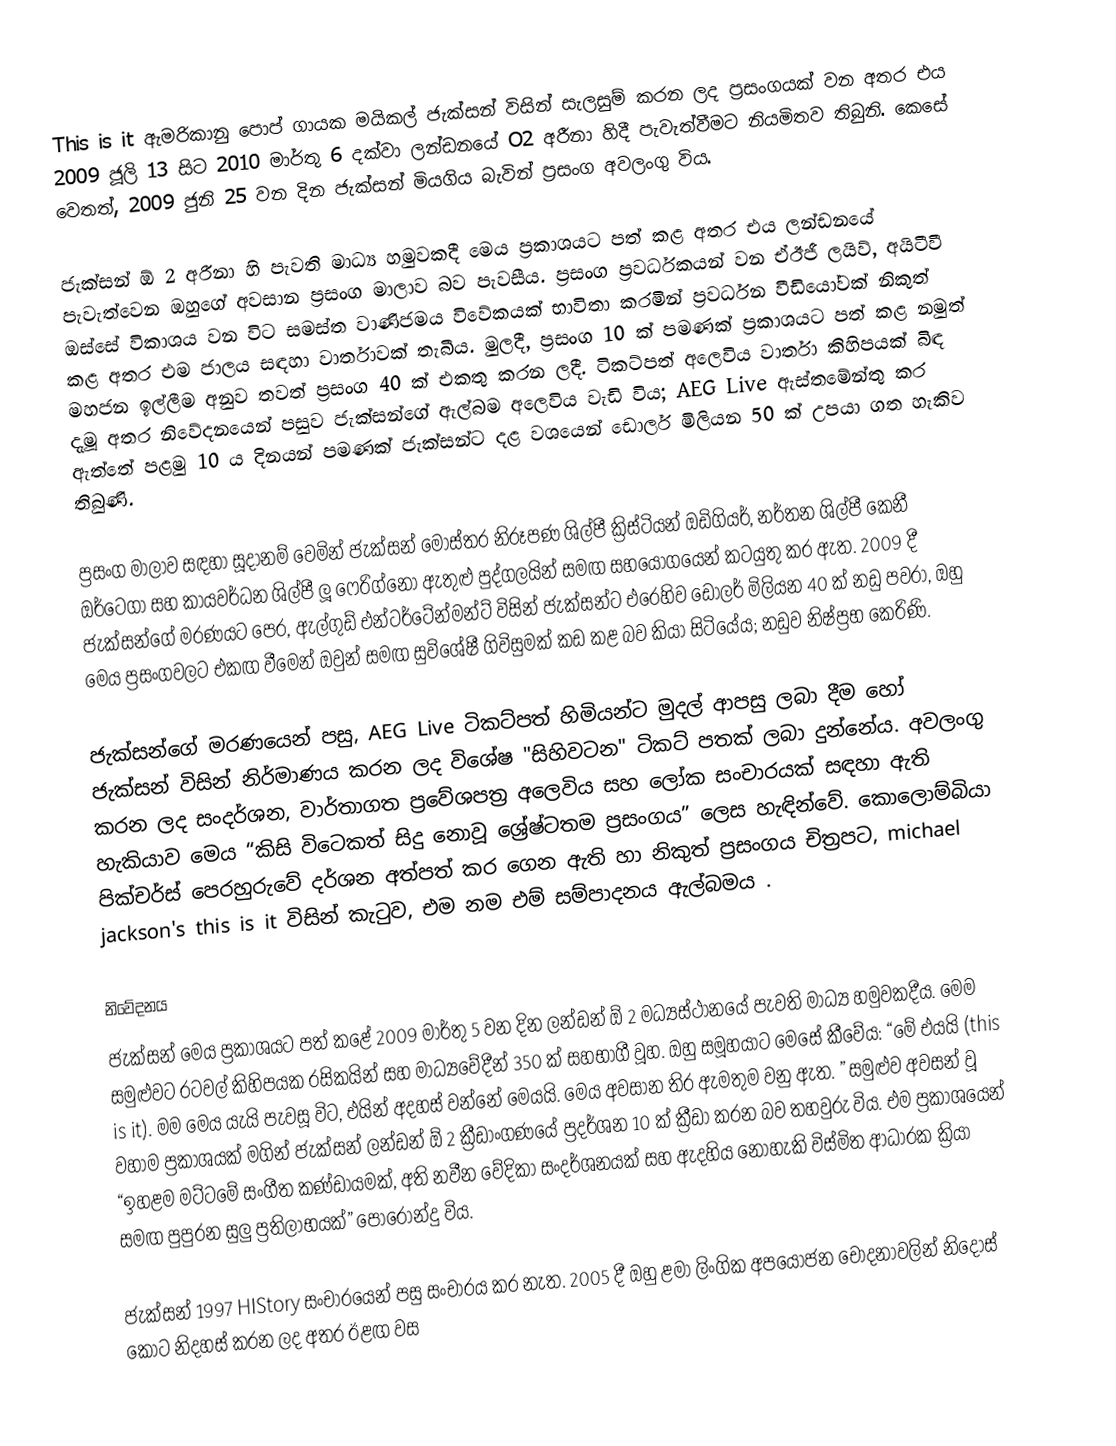
This is it ඇමරිකානු පොප් ගායක මයිකල් ජැක්සන් විසින් සැලසුම් කරන ලද ප්‍රසංගයක් වන අතර එය 2009 ජූලි 13 සිට 2010 මාර්තු 6 දක්වා ලන්ඩනයේ O2 අරීනා හිදී පැවැත්වීමට නියමිතව තිබුනි. කෙසේ වෙතත්, 2009 ජුනි 25 වන දින ජැක්සන් මියගිය බැවින් ප්‍රසංග අවලංගු විය.

ජැක්සන් ඕ 2 අරීනා හි පැවති මාධ්‍ය හමුවකදී මෙය ප්‍රකාශයට පත් කළ අතර එය ලන්ඩනයේ පැවැත්වෙන ඔහුගේ අවසාන ප්‍රසංග මාලාව බව පැවසීය. ප්‍රසංග ප්‍රවර්ධකයන් වන ඒඊජී ලයිව්, අයිටීවී ඔස්සේ විකාශය වන විට සමස්ත වාණිජමය විවේකයක් භාවිතා කරමින් ප්‍රවර්ධන වීඩියෝවක් නිකුත් කළ අතර එම ජාලය සඳහා වාර්තාවක් තැබීය. මුලදී, ප්‍රසංග 10 ක් පමණක් ප්‍රකාශයට පත් කළ නමුත් මහජන ඉල්ලීම අනුව තවත් ප්‍රසංග 40 ක් එකතු කරන ලදී. ටිකට්පත් අලෙවිය වාර්තා කිහිපයක් බිඳ දැමූ අතර නිවේදනයෙන් පසුව ජැක්සන්ගේ ඇල්බම අලෙවිය වැඩි විය; AEG Live ඇස්තමේන්තු කර ඇත්තේ පළමු 10 ය දිනයන් පමණක් ජැක්සන්ට දළ වශයෙන් ඩොලර් මිලියන 50 ක් උපයා ගත හැකිව තිබුණි.

ප්‍රසංග මාලාව සඳහා සූදානම් වෙමින් ජැක්සන් මෝස්තර නිරූපණ ශිල්පී ක්‍රිස්ටියන් ඔඩිගියර්, නර්තන ශිල්පී කෙනී ඔර්ටෙගා සහ කායවර්ධන ශිල්පී ලූ ෆෙරිග්නෝ ඇතුළු පුද්ගලයින් සමඟ සහයෝගයෙන් කටයුතු කර ඇත. 2009 දී ජැක්සන්ගේ මරණයට පෙර, ඇල්ගුඩ් එන්ටර්ටේන්මන්ට් විසින් ජැක්සන්ට එරෙහිව ඩොලර් මිලියන 40 ක් නඩු පවරා, ඔහු මෙය ප්‍රසංගවලට එකඟ වීමෙන් ඔවුන් සමඟ සුවිශේෂී ගිවිසුමක් කඩ කළ බව කියා සිටියේය; නඩුව නිෂ්ප්‍රභ කෙරිණි.

ජැක්සන්ගේ මරණයෙන් පසු, AEG Live ටිකට්පත් හිමියන්ට මුදල් ආපසු ලබා දීම හෝ ජැක්සන් විසින් නිර්මාණය කරන ලද විශේෂ "සිහිවටන" ටිකට් පතක් ලබා දුන්නේය. අවලංගු කරන ලද සංදර්ශන, වාර්තාගත ප්‍රවේශපත්‍ර අලෙවිය    සහ ලෝක සංචාරයක් සඳහා ඇති හැකියාව   මෙය “කිසි විටෙකත් සිදු නොවූ ශ්‍රේෂ්ටතම ප්‍රසංගය” ලෙස හැඳින්වේ.   කොලොම්බියා පික්චර්ස් පෙරහුරුවේ දර්ශන අත්පත් කර ගෙන ඇති හා නිකුත් ප්‍රසංගය චිත්‍රපට, michael jackson's this is it විසින් කැටුව, එම නම එම් සම්පාදනය ඇල්බමය .

නිවේදනය
ජැක්සන් මෙය ප්‍රකාශයට පත් කළේ 2009 මාර්තු 5 වන දින ලන්ඩන් ඕ 2 මධ්‍යස්ථානයේ පැවති මාධ්‍ය හමුවකදීය.  මෙම සමුළුවට රටවල් කිහිපයක රසිකයින් සහ මාධ්‍යවේදීන් 350 ක් සහභාගී වූහ.  ඔහු සමූහයාට මෙසේ කීවේය: “මේ එයයි (this is it). මම මෙය යැයි පැවසූ විට, එයින් අදහස් වන්නේ මෙයයි. මෙය අවසාන තිර ඇමතුම වනු ඇත. ”  සමුළුව අවසන් වූ වහාම ප්‍රකාශයක් මගින් ජැක්සන් ලන්ඩන් ඕ 2 ක්‍රීඩාංගණයේ ප්‍රදර්ශන 10 ක් ක්‍රීඩා කරන බව තහවුරු විය. එම ප්‍රකාශයෙන් “ඉහළම මට්ටමේ සංගීත කණ්ඩායමක්, අති නවීන වේදිකා සංදර්ශනයක් සහ ඇදහිය නොහැකි විස්මිත ආධාරක ක්‍රියා සමඟ පුපුරන සුලු ප්‍රතිලාභයක්” පොරොන්දු විය.

ජැක්සන් 1997 HIStory සංචාරයෙන් පසු සංචාරය කර නැත.  2005 දී ඔහු ළමා ලිංගික අපයෝජන චෝදනාවලින් නිදොස් කොට නිදහස් කරන ලද අතර ඊළඟ වස